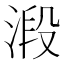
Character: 𣹂